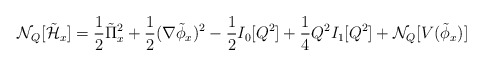
\begin{align*}{\cal N}_Q[\tilde{\cal H}_x]={\frac {1}{2}}\tilde{\Pi}^{2}_x +{\frac {1}{2}}(\nabla\tilde{\phi}_x)^2 -{\frac {1}{2}}I_0[Q^2] +{\frac {1}{4}}Q^2 I_1[Q^2] +{\cal N}_Q[V(\tilde{\phi}_x)]\end{align*}